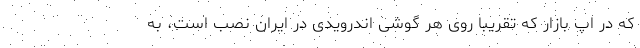
که در اپ بازار که تقریبا روی هر گوشی اندرویدی در ایران نصب است، به